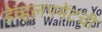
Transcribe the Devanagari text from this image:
डेव्हलपमेंटची